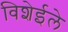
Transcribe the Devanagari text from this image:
विशेईले